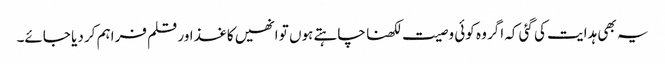
یہ بھی ہدایت کی گئی کہ اگر وہ کوئی وصیت لکھنا چاہتے ہوں تو انھیں کاغذ اور قلم فراہم کر دیا جائے۔